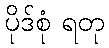
ပိုဒ်စုံ ရတု